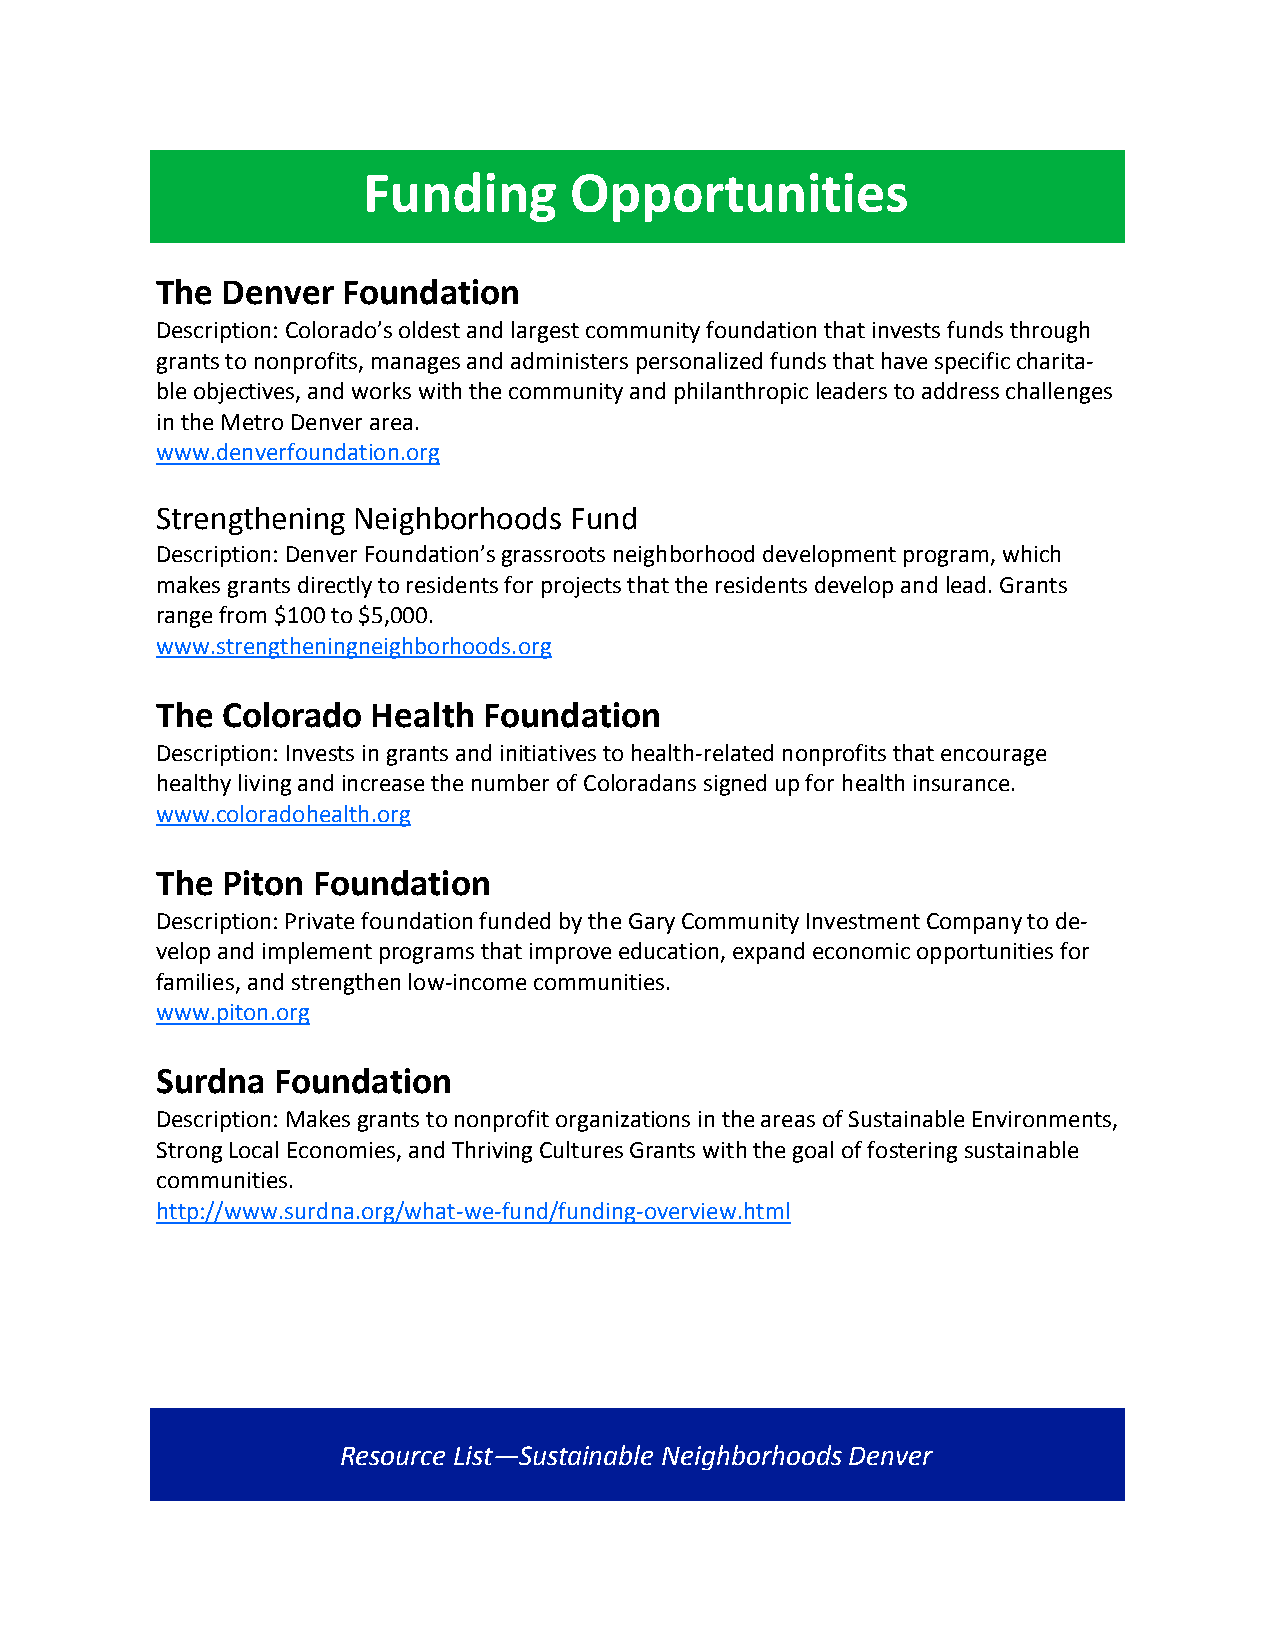
Funding       Opportunities
 The  Denver  Foundation
 Description: Colorado’s oldest and largest community foundation that invests funds through
 grants to nonprofits, manages and administers personalized funds that have specific charita-
 ble objectives, and works with the community and philanthropic leaders to address challenges
 in the Metro Denver area.
 www.denverfoundation.org
 Strengthening Neighborhoods Fund
 Description: Denver Foundation’s grassroots neighborhood development program, which
 makes grants directly to residents for projects that the residents develop and lead. Grants
 range from $100 to $5,000.
 www.strengtheningneighborhoods.org
 The  Colorado  Health Foundation
 Description: Invests in grants and initiatives to health-related nonprofits that encourage
 healthy living and increase the number of Coloradans signed up for health insurance.
 www.coloradohealth.org
 The  Piton Foundation
 Description: Private foundation funded by the Gary Community Investment Company to de-
 velop and implement programs that improve education, expand economic opportunities for
 families, and strengthen low-income communities.
 www.piton.org
 Surdna  Foundation
 Description: Makes grants to nonprofit organizations in the areas of Sustainable Environments,
 Strong Local Economies, and Thriving Cultures Grants with the goal of fostering sustainable
 communities.
 http://www.surdna.org/what-we-fund/funding-overview.html
 Resource List—Sustainable Neighborhoods Denver